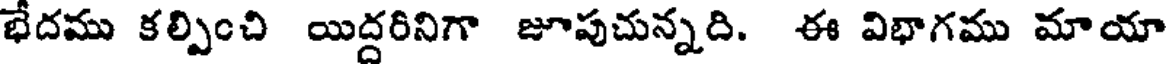
భేదము కల్పించి యిద్దరినిగా జూపుచున్నది. ఈ విభాగము మాయా